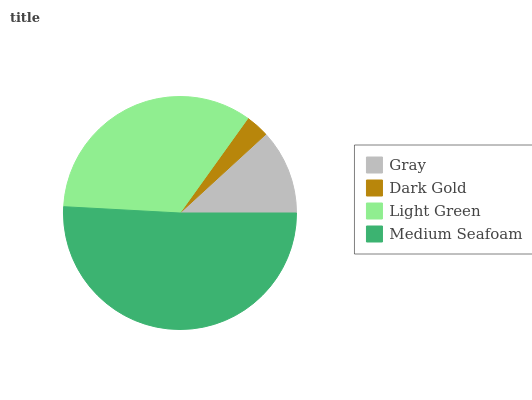
| Gray | Dark Gold | Light Green | Medium Seafoam |
 | --- | --- | --- | --- |
 | 11.8% | 3.28% | 34% | 50.9% |